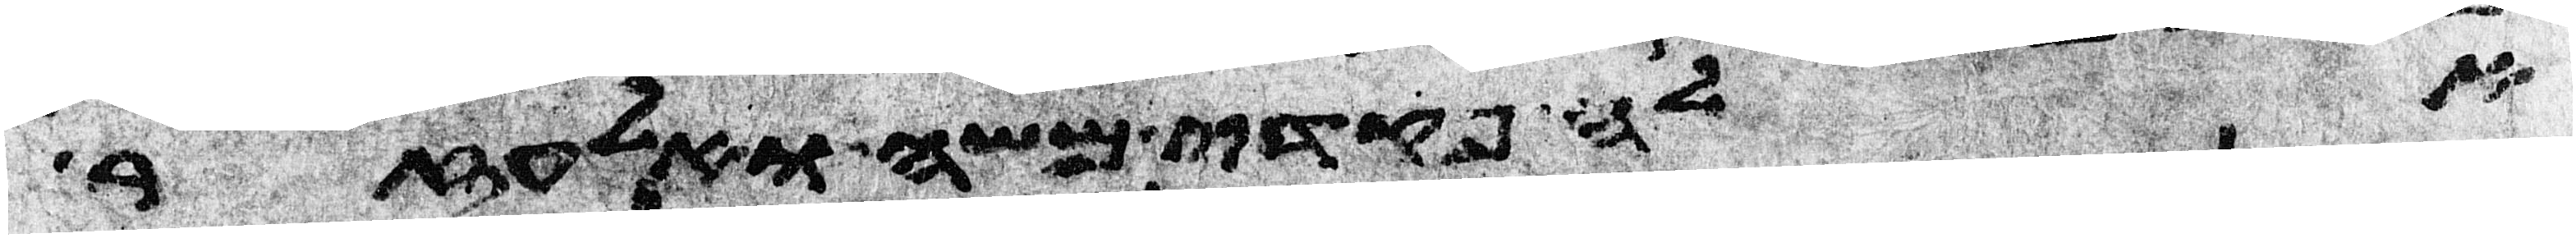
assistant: אלה פקדי משה ואלעזר